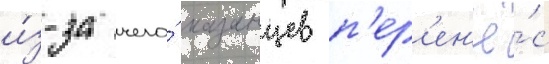
и́з-за чего́ казанцев п'ер'ен'ё́с